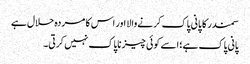
سمندر کا پانی پاک کرنےوالا اور اس کا مردہ حلال ہے
پانی پاک ہے؛ اسے کوئی چیز ناپاک نہیں کرتی۔